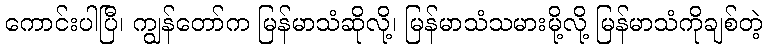
ကောင်းပါပြီ၊ ကျွန်တော်က မြန်မာသံဆိုလို့၊ မြန်မာသံသမားမို့လို့ မြန်မာသံကိုချစ်တဲ့